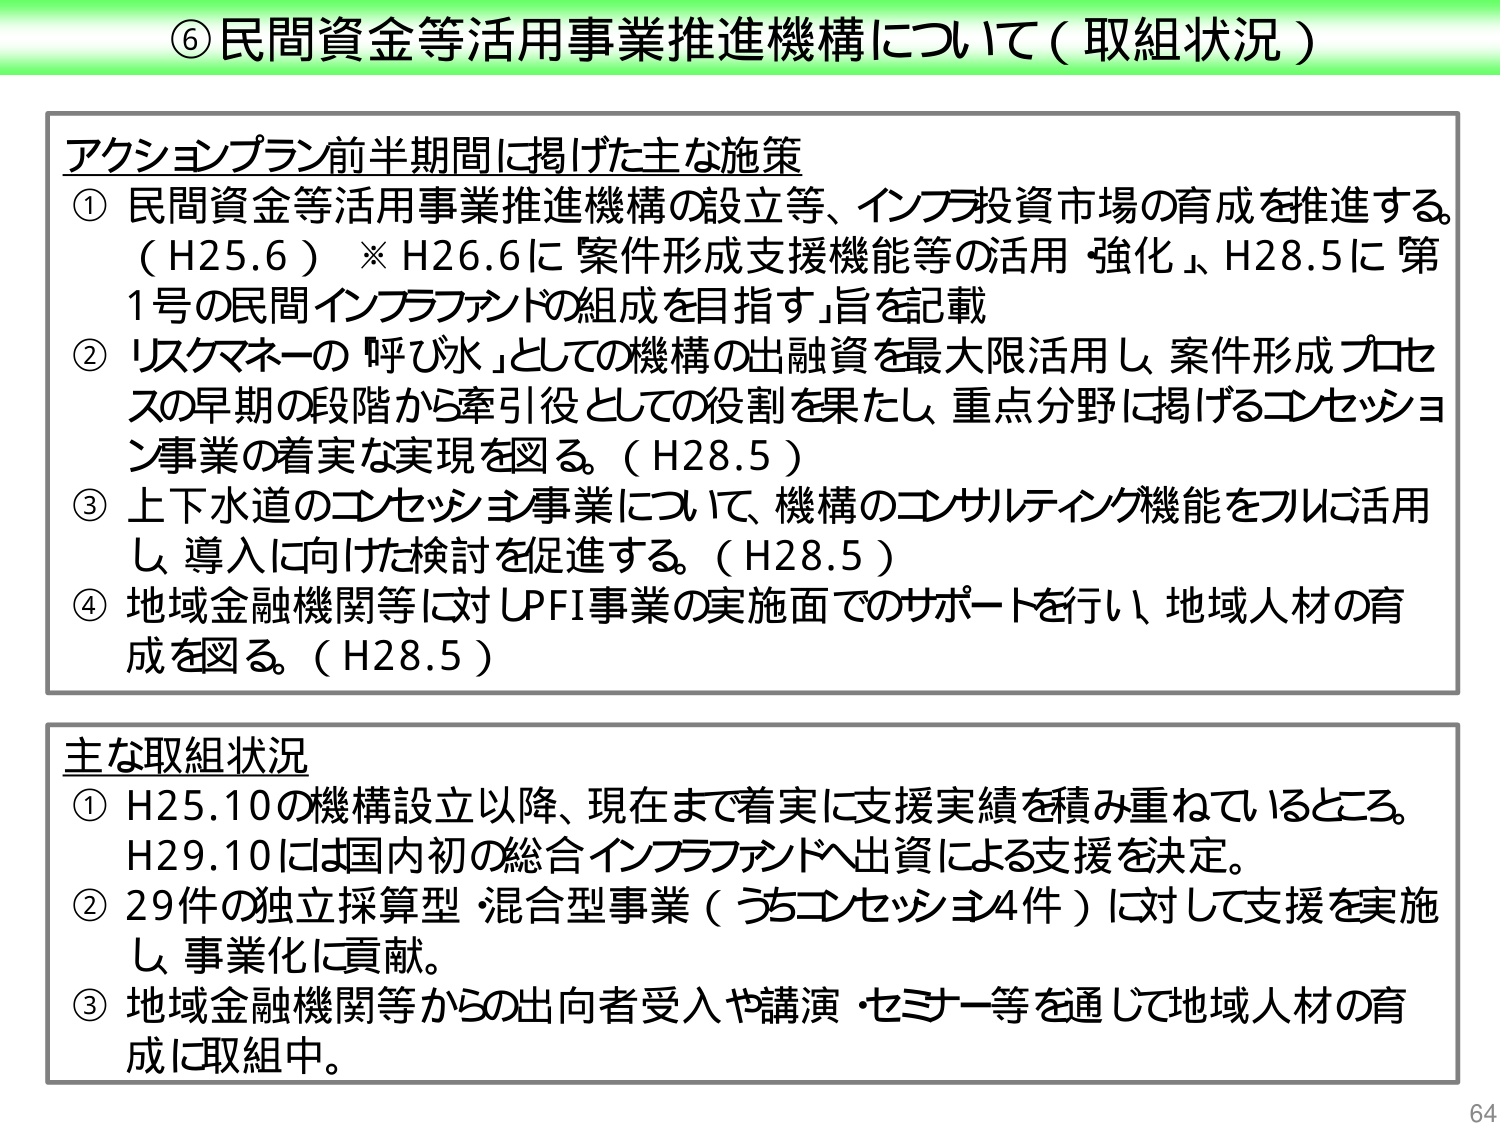
⑥民間資金等活用事業推進機構について（取組状況）

アクションプラン前半期間に掲げた主な施策
① 民間資金等活用事業推進機構の設立等、インフラ投資市場の育成を推進する。
（H25.6）※H26.6に「案件形成支援機能等の活用強化」、H28.5に「第1号の民間インフラファンドの組成を目指す」旨を記載
② リスクマネーの「呼び水」としての機構の出融資を最大限活用し、案件形成プロセスの早期の段階から牽引役としての役割を果たし、重点分野に掲げるコンセッション事業の着実な実現を図る。（H28.5）
③ 上下水道のコンセッション事業について、機構のコンサルティング機能をフルに活用し、導入に向けた検討を促進する。（H28.5）
④ 地域金融機関等に対しPFI事業の実施面でのサポートを行い、地域人材の育成を図る。（H28.5）

主な取組状況
① H25.10の機構設立以降、現在まで着実に支援実績を積み重ねているところ。H29.10には国内初の総合インフラファンドへ出資による支援を決定。
② 29件の独立採算型・混合型事業（うちコンセッション4件）に対して支援を実施し、事業化に貢献。
③ 地域金融機関等からの出向者受入や講演・セミナー等を通じて地域人材の育成に取組中。

64